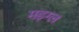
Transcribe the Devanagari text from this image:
मड़ग्ल